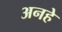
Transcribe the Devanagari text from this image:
अनहे